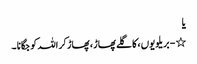
یا
٭ - بریلویوں ، کا گلے پھاڑ ، پھاڑ کر اللہ کو جگانا ۔